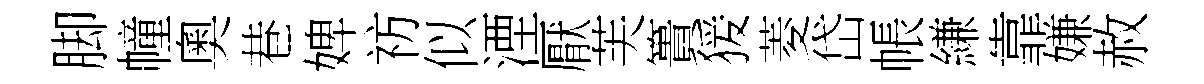
脚幢奧巷婢祊似湮厭芙簣猨菱岱帳縑靠嫌赦